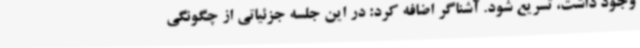
وجود داشت، تسریع شود. آشناگر اضافه کرد: در این جلسه جزئیاتی از چگونگی